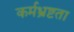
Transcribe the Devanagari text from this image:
कर्मभ्रष्टता